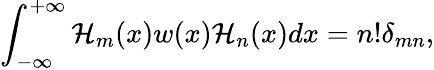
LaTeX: \int_{-\infty}^{+\infty}\mathcal{H}_{m}(x)w(x)\mathcal{H}_{n}(x)dx=n!\delta_{mn},